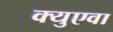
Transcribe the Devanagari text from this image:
क्युएवा